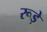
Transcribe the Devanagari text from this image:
रूड़े